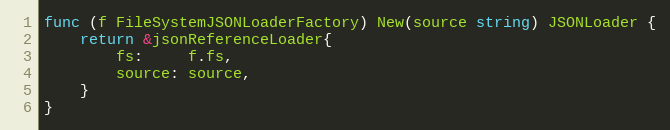
Language: Go
func (f FileSystemJSONLoaderFactory) New(source string) JSONLoader {
	return &jsonReferenceLoader{
		fs:     f.fs,
		source: source,
	}
}